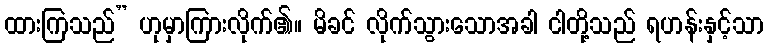
ထားကြသည်” ဟုမှာကြားလိုက်၏။ မိခင် လိုက်သွားသောအခါ ငါတို့သည် ရဟန်းနှင့်သာ